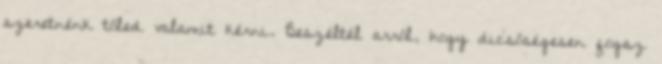
szeretnénk tőled valamit kérni. Beszéltél arról, hogy dicsőségesen fogsz